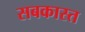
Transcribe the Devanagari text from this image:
सबकास्त